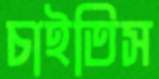
চাইতিস